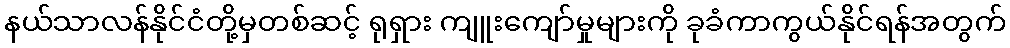
နယ်သာလန်နိုင်ငံတို့မှတစ်ဆင့် ရုရှား ကျူးကျော်မှုများကို ခုခံကာကွယ်နိုင်ရန်အတွက်